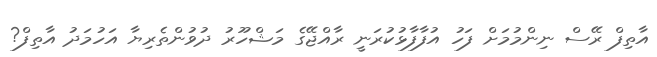
އާތިފް ރޭސް ނިންމުމަށް ފަހު އުފާފާޅުކުރަނީ ރާއްޖޭގެ މަޝްހޫރު ދުވުންތެރިޔާ އަހުމަދު އާތިފް?